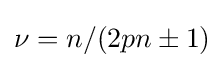
\nu =n/(2pn\pm 1)